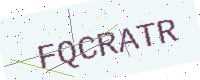
Text: FQCRATR